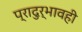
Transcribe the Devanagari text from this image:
प्रादुर्भावही